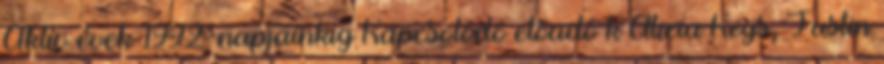
Aktív évek 1992-napjainkig Kapcsolódó előadó k Alicia Keys, Justin